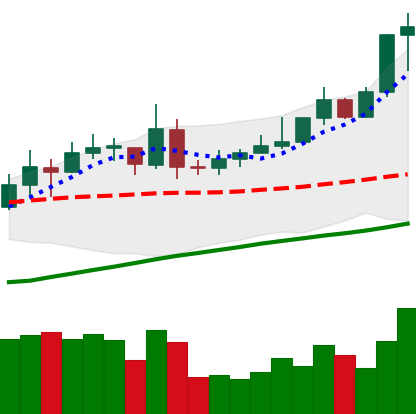
Ticker: XMR-USD
Chart end date: 2020-07-27
Forward return: 13.717%
Label: up_7plus